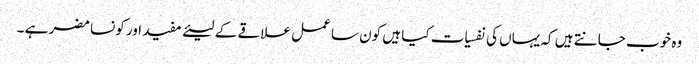
وہ خوب جانتے ہیں کہ یہاں کی نفسیات کیا ہیں کون سا عمل علاقے کے لیئے مفید اور کونسا مضر ہے ۔